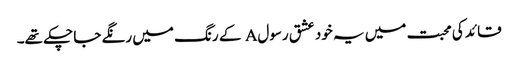
قائد کی محبت میں یہ خود عشق رسولA کے رنگ میں رنگے جا چکے تھے۔